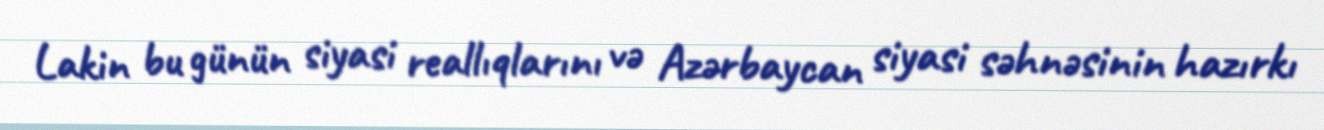
Lakin bu günün siyasi reallıqlarını və Azərbaycan siyasi səhnəsinin hazırkı